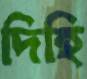
দিহি